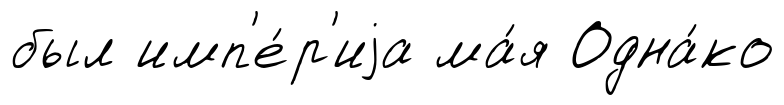
был имп'е́р'иjа ма́я Одна́ко